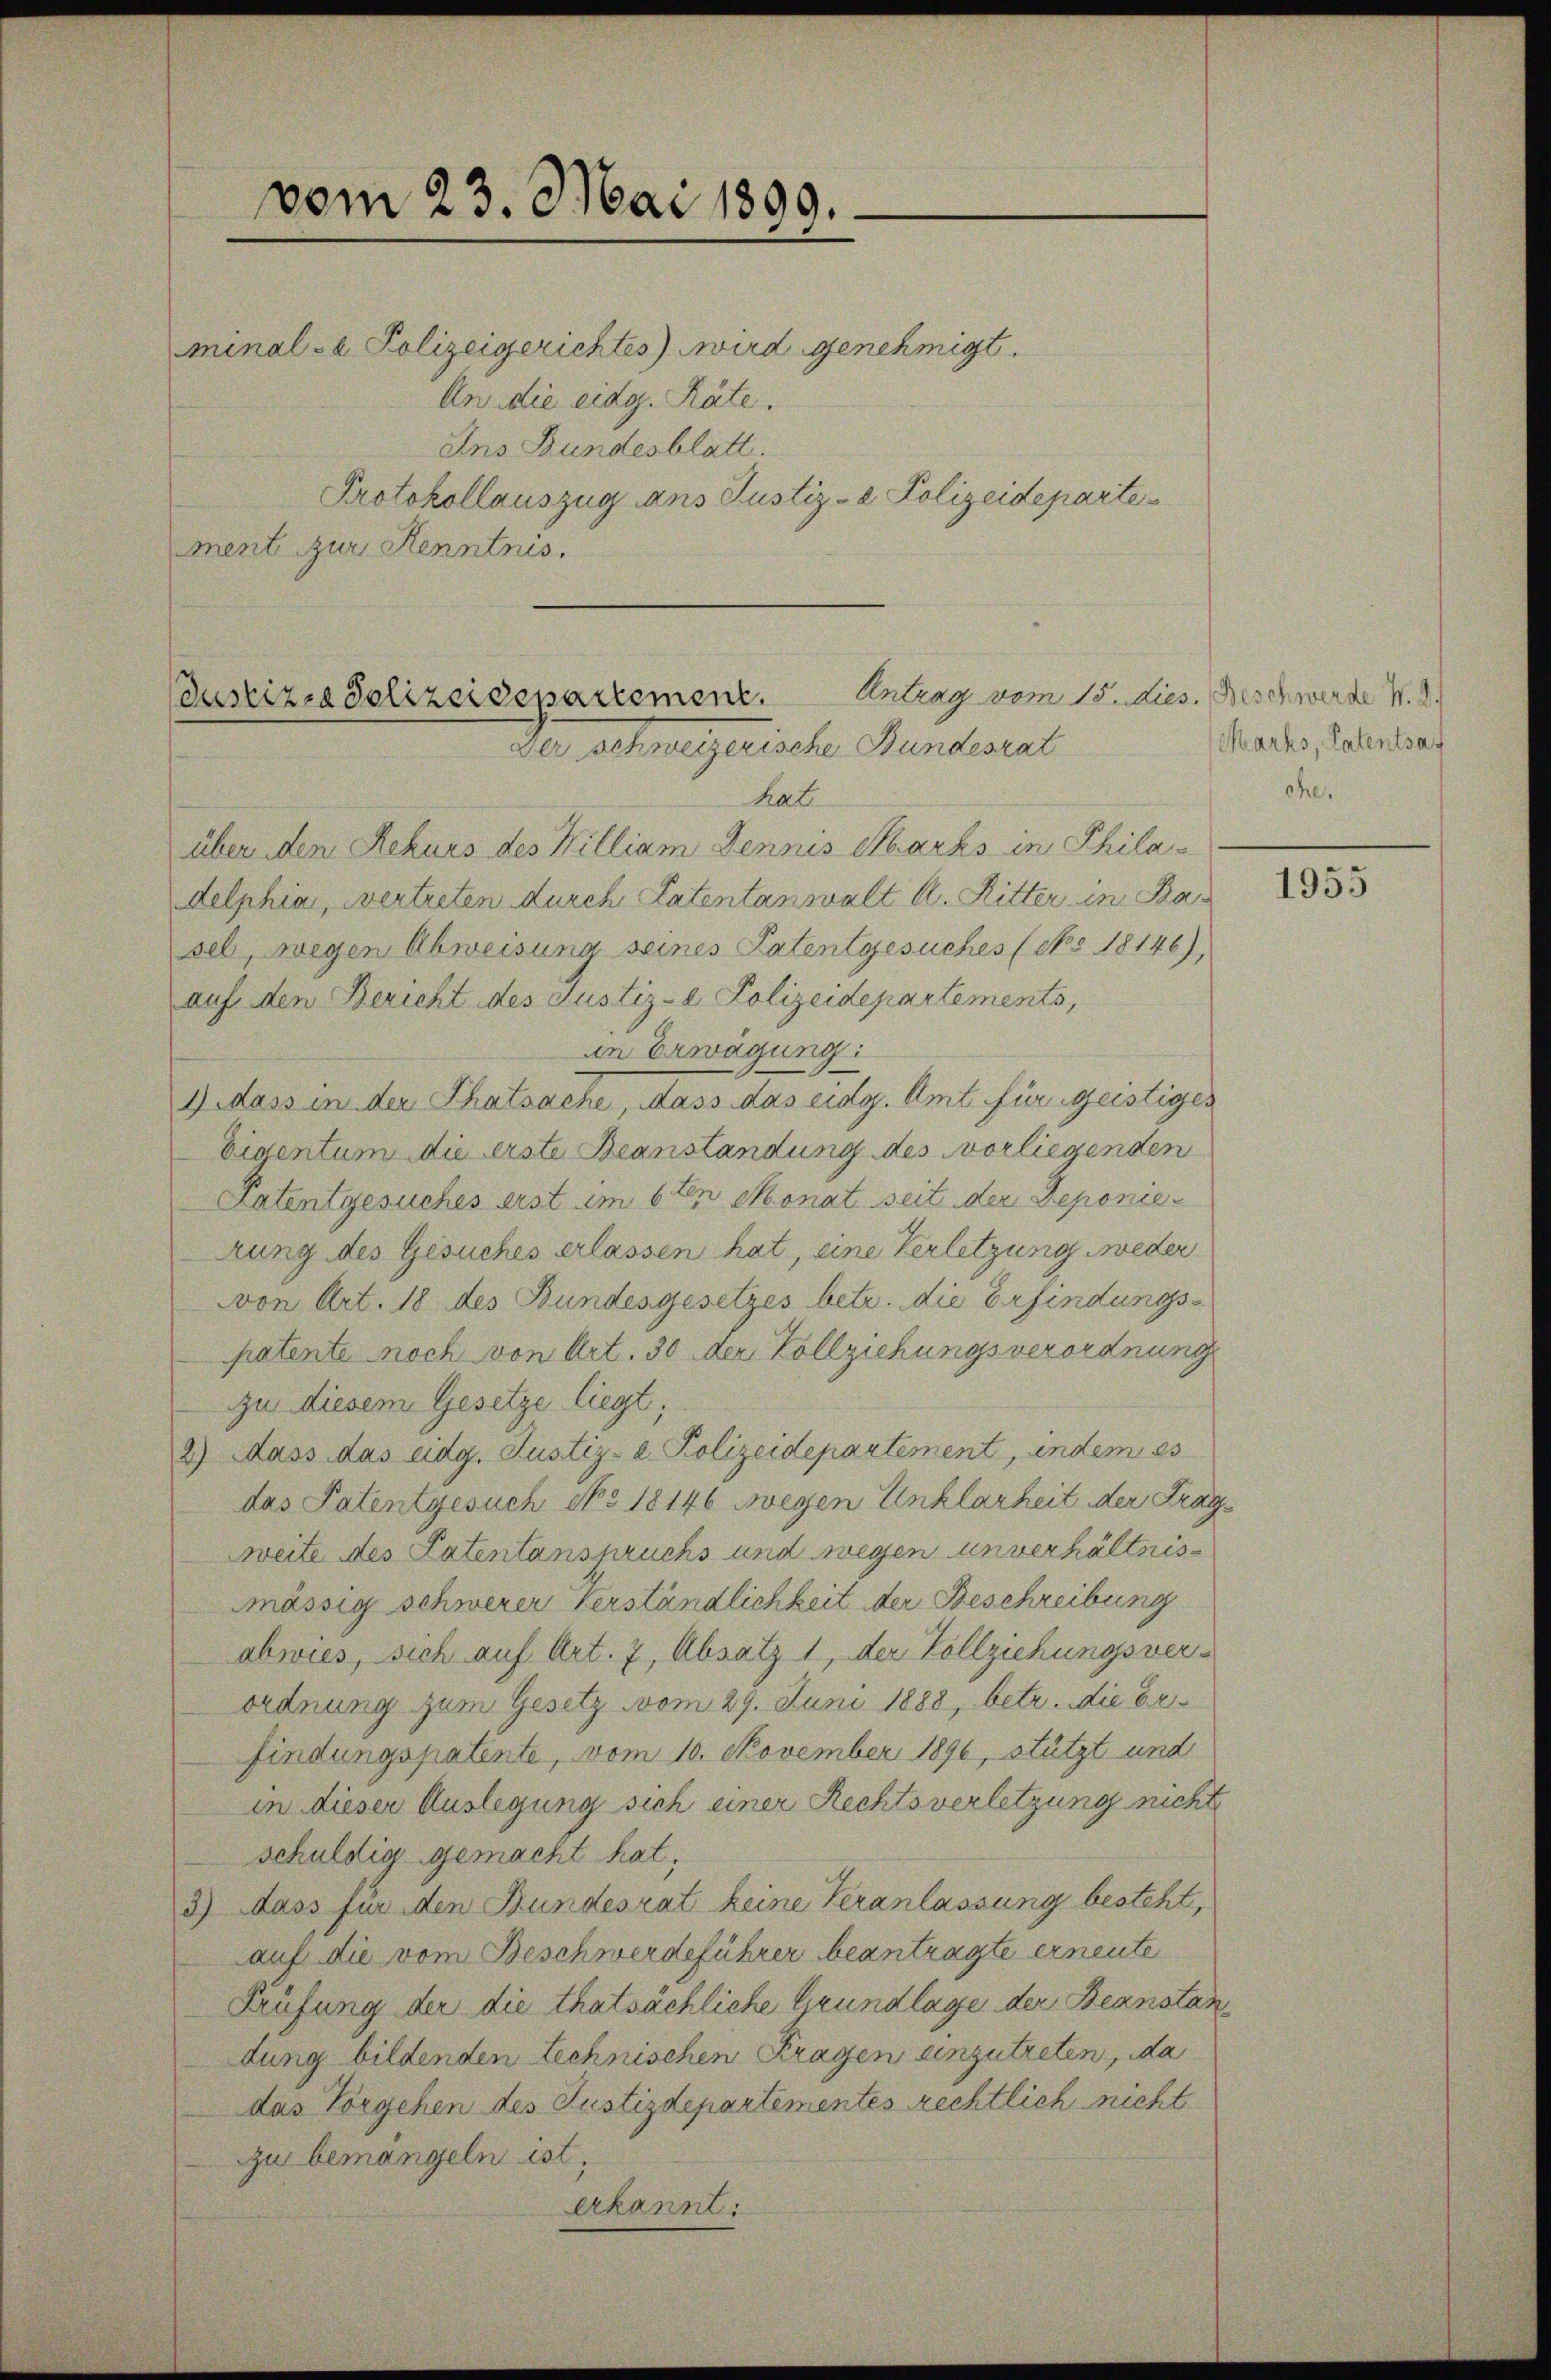
vom 23. Mai 1899.

Ans Bundesblatt.
Protokollauszug aus Justiz- & Polizeidepartement zur Kenntnis.

Antrag vom 15. dies. Beschwerde N. 3.
Justiz, Polizeidepartement.
Der Schweizerische Bundesrat

hat
über den Rekurs des William Jennes Marks in Philadelphia, vertreten durch Patentanwalt A. Ritter, in Ba
sel, wegen Abweisung seines Patentgesuches (Nov 18146),
auf den Bericht des Justiz- Polizeidepartements,
in Erwägung:
1) dass in der Thatsache, dass das eidg. Amt für geistiges
Eigentum die erste Beanstandung des vorliegenden
Patentgesuches erst im 6ten Monat seit der Deponiezung des Gesuches erlassen hat, eine Verletzung weder
von Art. 18 des Bundesgesetzes betr. die Erfindungspatente noch von Art. 30 der Vollziehungsverordnung
zu diesem Gesetze liegt;
2) Dass das eidg. Justiz- 2. Polizeidepartement, indem es
das Patentgesuch No 18146 wegen Unklarheit der Frage
Weite des Patentanspruchs und wegen unverhältnismässig schwerer Verständlichkeit der Beschreibung
abwies, sich auf Art. 7, Absatz 1, der Vollziehungsverordnung zum Gesetz vom 29. Juni 1888, betr. die befindungspatente, vom 10. November 1896, stützt und
in dieser Auslegung sich einer Rechtsverletzung nicht
schuldig gemacht hat,
3) dass für den Bundesrat keine Veranlassung besteht,
auf die vom Beschwerdeführer beantragte erneute
Prüfung der die thatsächliche Grundlage der Beanstandung bildenden Lechnischen Fragen einzutreten, da
das Vorgehen des Justizdepartementes rechtlich nicht
Zu bemangeln ist,
erkannt:

minal- u. Polizeigerichtes) wird genehmigt.
An die eidg. Räte.

Marks, Patentsag
che.

1955